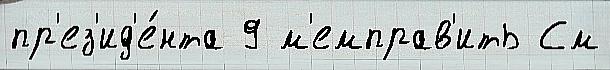
пр'ез'ид'е́нта 9 м'емправ'ить См